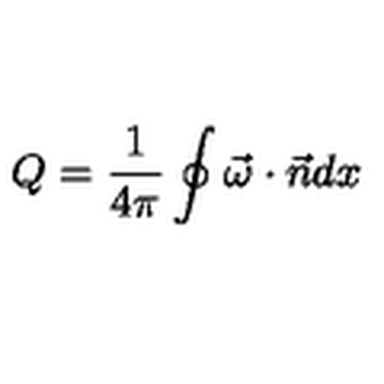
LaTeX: Q = \frac { 1 } { 4 \pi } \oint \vec { \omega } \cdot \vec { n } d x